Source: Handwritten
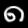
Digit: ၈ (8)